Indian journal of veterinary science and animal husbandry - Volume 11,
Year: 1941
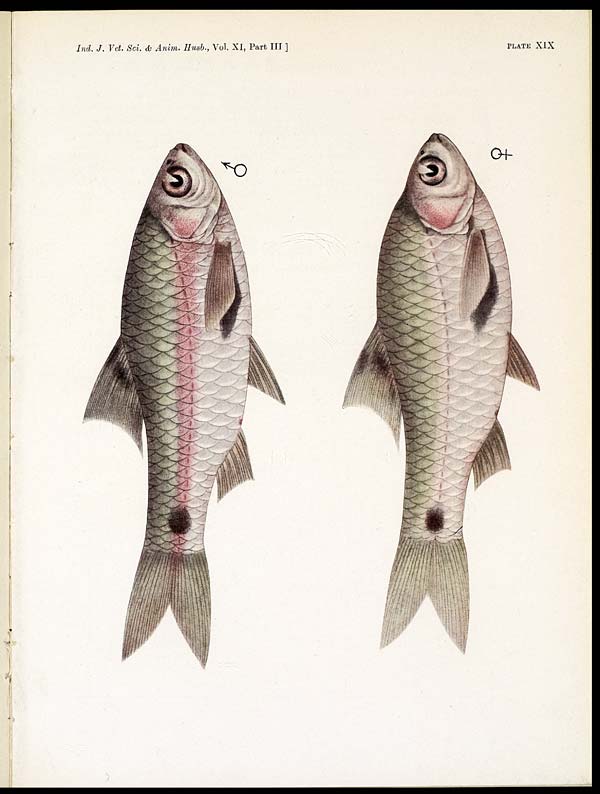
Ind. J. Vet. Sci. & Anim. Husb., Vol. XI, Part III ]
PLATE XIX